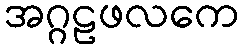
အဂ္ဂဠဖလကေ